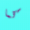
كما